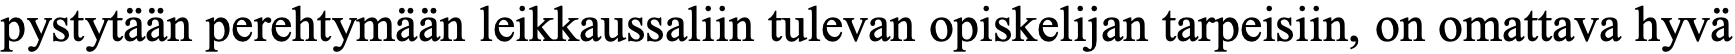
pystytään perehtymään leikkaussaliin tulevan opiskelijan tarpeisiin, on omattava hyvä